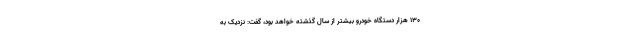
۱۳۰ هزار دستگاه خودرو بیشتر از سال گذشته خواهد بود، گفت: نزدیک به